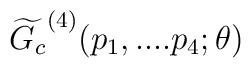
\widetilde{G_{c}}^{(4)}(p_{1},....p_{4};\theta )